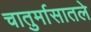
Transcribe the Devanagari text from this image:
चातुर्मासातले